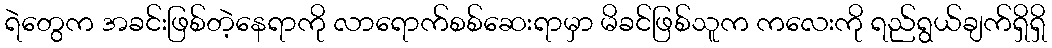
ရဲတွေက အခင်းဖြစ်တဲ့နေရာကို လာရောက်စစ်ဆေးရာမှာ မိခင်ဖြစ်သူက ကလေးကို ရည်ရွယ်ချက်ရှိရှိ